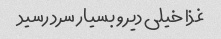
غذا خیلی دیر و بسیار سرد رسید